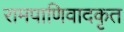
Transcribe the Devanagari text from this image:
रामपाणिवादकृत